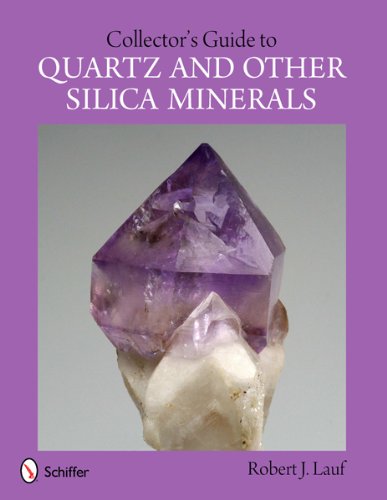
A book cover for Collector's Guide to Quartz and Other Silica Minerals (Schiffer Earth Science Monographs); Robert J. Lauf; Science & Math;